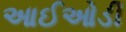
આઈઓડી